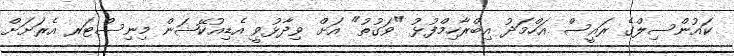
ކައުންސިލްގެ ރައީސް އަހްމަދު އިބްރާހިމްފުޅު "ވަގުތު" އަށް ވިދާޅުވީ އެޑިއުކޭޝަން މިނިސްޓަރ އެރަށަށް